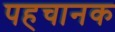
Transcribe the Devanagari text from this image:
पहचानक